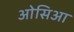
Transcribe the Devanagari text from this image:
ओसिआ